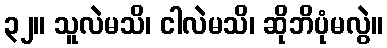
၃၂။ သူလဲမသိ၊ ငါလဲမသိ၊ ဆိုဘိပုံမလွဲ။